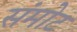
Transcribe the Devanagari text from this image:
संमोट